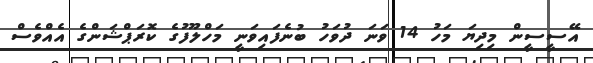
އޭސީސީން މިދިޔަ މަހު 14 ވަނަ ދުވަހު ބުނެފައިވަނީ މަހްލޫފުގެ ކޮރަޕްޝަންގެ އެއްވެސް